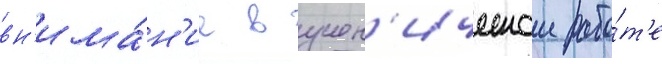
вн'има́н'ие в учен'ическои рабо́т'е